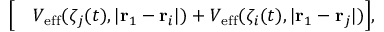
\begin{array} { r l } { \Big [ } & { { } V _ { \mathrm { e f f } } ( \zeta _ { j } ( t ) , | \mathbf { r } _ { 1 } - \mathbf { r } _ { i } | ) + V _ { \mathrm { e f f } } ( \zeta _ { i } ( t ) , | \mathbf { r } _ { 1 } - \mathbf { r } _ { j } | ) \Big ] , } \end{array}